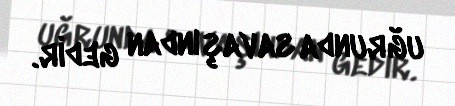
uğrunda savaşından gedir.